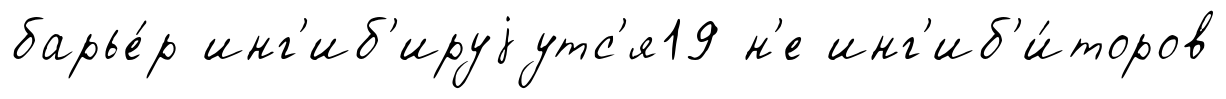
барье́р инг'иб'ируjутс'я19 н'е инг'иб'и́торов